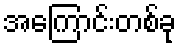
အကြောင်းတစ်ခု